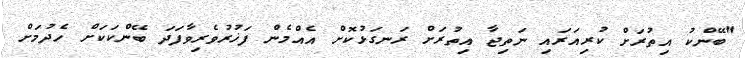
"ބޭންކު އިތުރަށް ކުރިއަރައި ނަތިޖާ އިތުރަށް ރަނގަޅުކޮށް އެއްމެން ފަޚުރުވެރިވާފަދަ ބޭންކަކަށް ހެދުމަށް